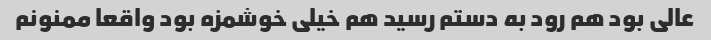
عالی بود هم رود به دستم رسید هم خیلی خوشمزه بود واقعا ممنونم